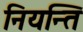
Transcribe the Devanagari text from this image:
नियन्ति